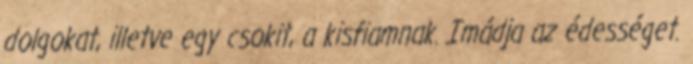
dolgokat, illetve egy csokit, a kisfiamnak. Imádja az édességet.